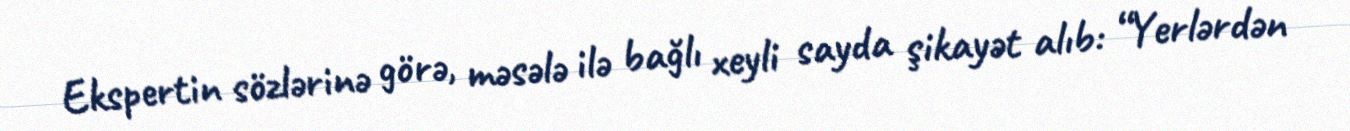
Ekspertin sözlərinə görə, məsələ ilə bağlı xeyli sayda şikayət alıb: “Yerlərdən